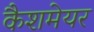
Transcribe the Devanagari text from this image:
कैशमेयर